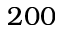
2 0 0